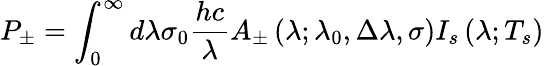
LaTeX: P_{\pm}=\int_{0}^{\infty}d\lambda\sigma_{0}\frac{hc}{\lambda}A_{\pm}\left(\lambda;\lambda_{0},\Delta\lambda,\sigma\right)I_{s}\left(\lambda;T_{s}\right)